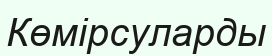
Көмірсуларды